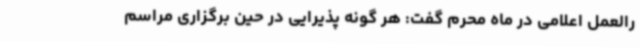
رالعمل اعلامی در ماه محرم گفت: هر گونه پذیرایی در حین برگزاری مراسم